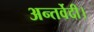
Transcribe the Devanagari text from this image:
अन्तर्वेदी।